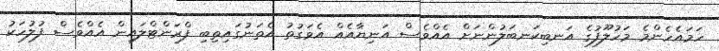
ހަމައެހެންމެ މަހުލޫފުގެ އަނބިކަނބަލުންނަށް އެއްވެސް އަނިޔާއެއް އެވަގުތު އެތަނުގައިތިބި ފްރަންޓްލައިން އެއްވެސް ފުލުހަކު